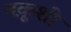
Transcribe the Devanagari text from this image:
नक़ूशी